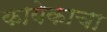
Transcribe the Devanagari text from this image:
कायेकाचा